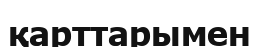
қарттарымен